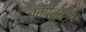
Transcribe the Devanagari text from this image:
जमीदारो